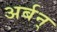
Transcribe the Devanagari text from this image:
अर्बन्